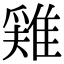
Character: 𨿸